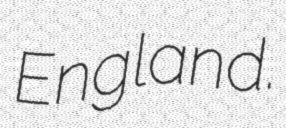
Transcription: England.